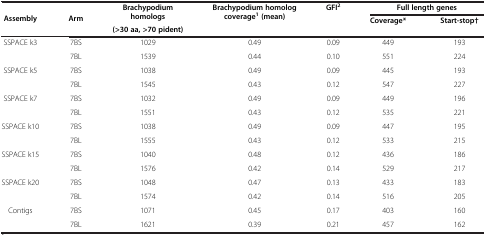
| <ROWSPAN=3> Assembly | <ROWSPAN=3> Arm | <ROWSPAN=2> Brachypodium homologs | <ROWSPAN=3> Brachypodium homolog coverage1 (mean) | <ROWSPAN=3> GFI2 | <COLSPAN=2> Full length genes |
 | <ROWSPAN=2> Coverage* | <ROWSPAN=2> Start-stop† |
 | (>30 aa, >70 pident) |
 | --- | --- | --- | --- | --- | --- | --- |
 | <ROWSPAN=2> SSPACE k3 | 7BS | 1029 | 0.49 | 0.09 | 449 | 193 |
 | 7BL | 1539 | 0.44 | 0.10 | 551 | 224 |
 | <ROWSPAN=2> SSPACE k5 | 7BS | 1038 | 0.49 | 0.09 | 445 | 193 |
 | 7BL | 1545 | 0.43 | 0.12 | 547 | 227 |
 | <ROWSPAN=2> SSPACE k7 | 7BS | 1032 | 0.49 | 0.09 | 449 | 196 |
 | 7BL | 1551 | 0.43 | 0.12 | 535 | 221 |
 | <ROWSPAN=2> SSPACE k10 | 7BS | 1038 | 0.49 | 0.09 | 447 | 195 |
 | 7BL | 1555 | 0.43 | 0.12 | 533 | 215 |
 | <ROWSPAN=2> SSPACE k15 | 7BS | 1040 | 0.48 | 0.12 | 436 | 186 |
 | 7BL | 1576 | 0.42 | 0.14 | 529 | 217 |
 | <ROWSPAN=2> SSPACE k20 | 7BS | 1048 | 0.47 | 0.13 | 433 | 183 |
 | 7BL | 1574 | 0.42 | 0.14 | 516 | 205 |
 | <ROWSPAN=2> Contigs | 7BS | 1071 | 0.45 | 0.17 | 403 | 160 |
 | 7BL | 1621 | 0.39 | 0.21 | 457 | 162 |